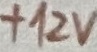
Text: +12V